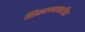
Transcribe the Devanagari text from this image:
शिकवण्याकरिता